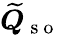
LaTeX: \widetilde{\boldsymbol{Q}}_{\mathrm{~s~o~}}